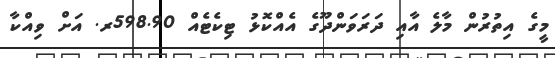
މީގެ އިތުރުން މާލެ އާއި ދަރަވަންދޫގެ އެއްކޮޅު ޓިކެޓެއް 598.90ރ. އަށް ވިއްކާ